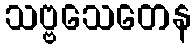
သဗ္ဗသေတေန